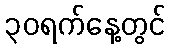
၃၀ရက်နေ့တွင်